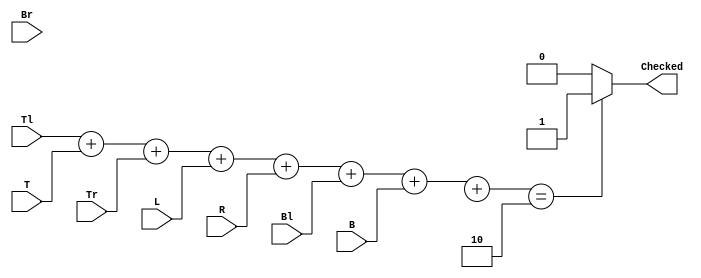
module IS_2(
  input Tl, T, Tr, L, R, Bl, B, Br, // Input Operands
  output reg Checked); 
  
  reg [3:0] total;
  
  assign total = Tl + T + Tr + L + R + Bl + B + BR;

  
  always @ (total) begin
      case (total)
          2 : Checked = 1;
          default : Checked = 0;
      endcase
  end
endmodule